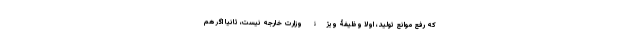
که رفع موانع تولید، اولا وظیفۀ ویژۀ وزارت خارجه نیست، ثانیا اگر هم